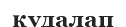
қудалап